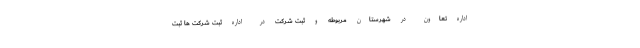
اداره تعاون در شهرستان مربوطه و ثبت شرکت در اداره ثبت شرکت ها ثبت